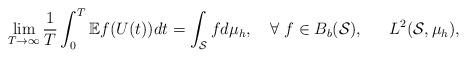
LaTeX: \begin{align*}\lim_{T\to\infty}\frac1T\int_0^T\mathbb{E}f(U(t))dt=\int_{\mathcal{S}}fd\mu_h,\quad\forall~f\in B_b(\mathcal{S}),\quad\;\;L^2(\mathcal{S},\mu_h),\end{align*}